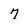
Character: 7